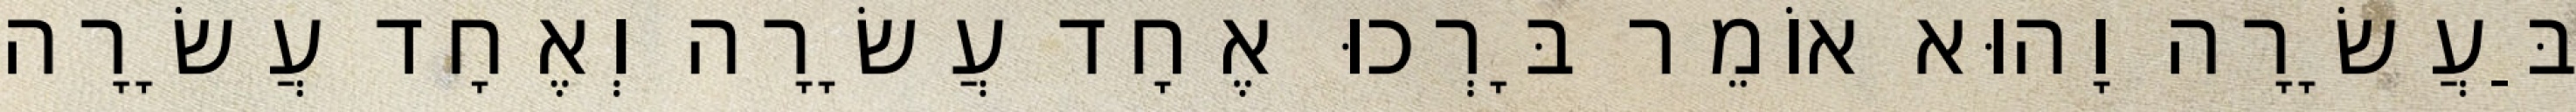
בַּעֲשָׂרָה וָהוּא אוֹמֵר בָּרְכוּ אֶחָד עֲשָׂרָה וְאֶחָד עֲשָׂרָה